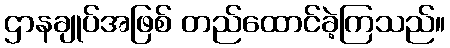
ဌာနချုပ်အဖြစ် တည်ထောင်ခဲ့ကြသည်။